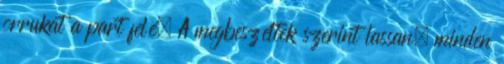
orrukat a part felé. A megbeszéltek szerint lassan, minden